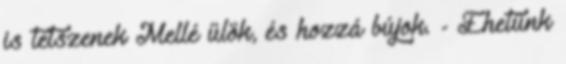
is tetszenek Mellé ülök, és hozzá bújok. - Ehetünk